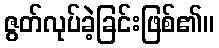
ဇွတ်လုပ်ခဲ့ခြင်းဖြစ်၏။